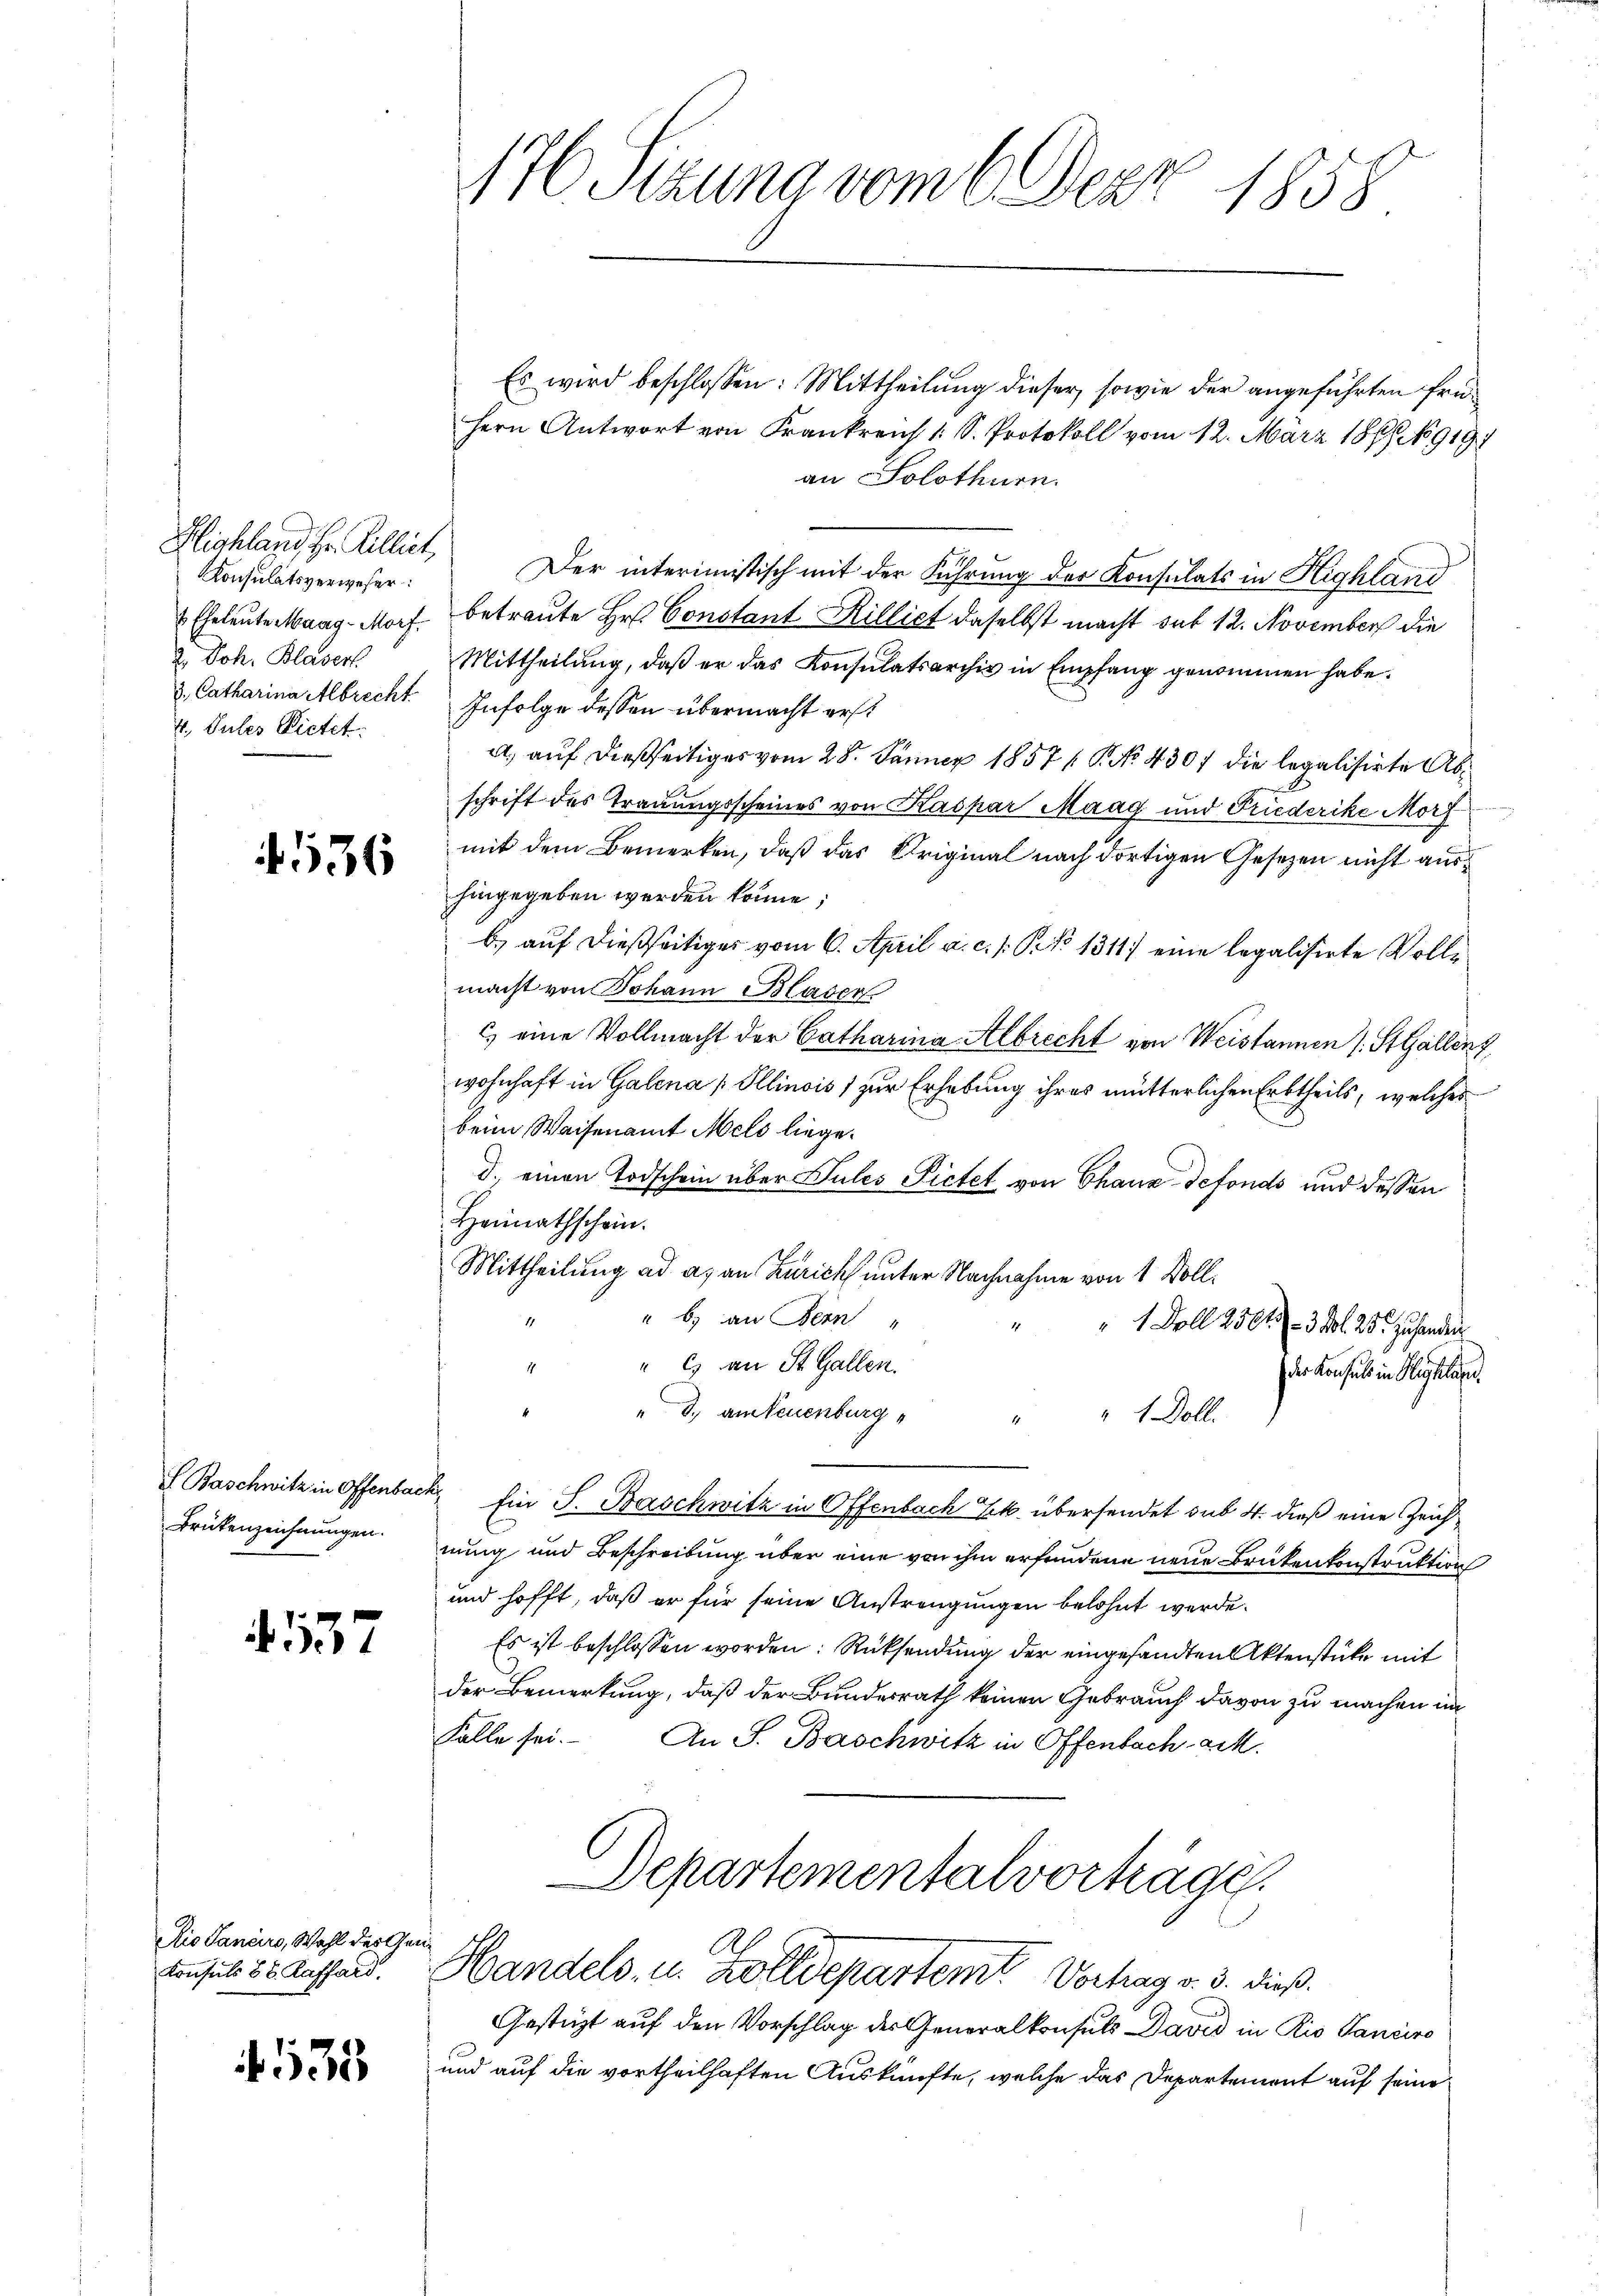
Bichland, Hr. Pilliet,
Konsulatsverweser
 Eheleute Maag - Morf.
2. Joh. Blaser.
3. Catharina Albrecht
4., Pules Pietet.

536

Baschwitz in Offenbar.
Brükenzeichnungen.

537

Rio Sancirs, Wahl der Gen¬
Konsuls 88. Raffard.

533

176 Sizung vom 6. Dezz 1858

Es wird beschlossen: Mittheilung dieser sowie der angeführten frü¬
Hern Antwort von Frankreis 1 S. Protokoll vom 12. März 1868 919
an Solothurn.
Der interimistisch mit der Führung der Konsulats in Highland
betreute Hr. Constant Rillict daselbst macht sub 12. November die
Mittheilung, daß er das Konsulatsarchiv in Empfang genommen habe.
Infolge dessen übermacht erst
a, auf dießseitiges vom 28. Jänner 1857 P No 430 f die legalisirte Abschrift des Trauungsscheines von Kaspar Maag und Friederike Morf
mit dem Bemerken, daß das Original nach dortigen Gesetzen nicht aushingegeben werden könne;
b.) auf dießseitiges vom 6. April a. c. s. S. 1311) eine legalisirte Vollmacht von Johann Blaser
c) eine Vollmacht der Catharina Albrecht von Weistannen (: St. Gallenz,
wohnhaft in Galena / Illinois) zur Erhebung ihres mütterlichen Erbtheils, welches
beim Waisenamt Melo liege.
d. einen Todschein über Sules Pietet von Chaus defonds und dessen
Heimathschein.
Mittheilung ad as an Zürich unter Nachnahme von 1 Voll¬
" b) an Fern
" 1 Doll 2561. 3. d. 25. zu handen
" c) an St. Gallen.
17.
der Konsuls in Beklage
d., am Neuenburg
" " 1 Doll.
2. Ein J. Baschwitz in Offenbach Frk. übersendet sub 4. dieß eine Zeichnung und Beschreibung über eine von ihm erfundene neue Brükenkonstruktion
und hofft, daß er für seine Anstrengungen belohnt werde.
Es ist beschlossen worden: Rücksendung der eingesandten Aktenstücke mit
der Bemerkung, daß der Bundesrath keinen Gebrauch davon zu machen un¬
Falle sei.
An S. Baschwitz in Offenbach ack.
Departementalvorträge.

Handels, u. Zolldepartemt Vortrag v. 3. dieß
Gestüzt auf den Vorschlag der Generalkonsuls David in Rio Sancire
und auf die vortheilhaften Auskünfte, welche das Departement auf seine